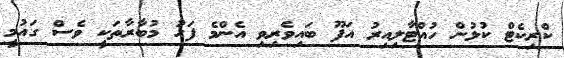
ކްރިކެޓް ކުޅުން ހުއްޓާލިއިރު އަފޫ ބައިވެރިވި އެންމެ ފަހު މުބާރާތަކީ ވެސް ގައުމީ